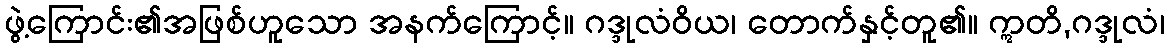
ဖွဲ့ကြောင်း၏အဖြစ်ဟူသော အနက်ကြောင့်။ ဂဒ္ဒုလံဝိယ၊ တောက်နှင့်တူ၏။ ဣတိ,ဂဒ္ဒုလံ၊